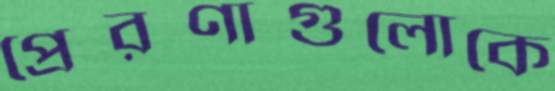
প্রেরণাগুলোকে